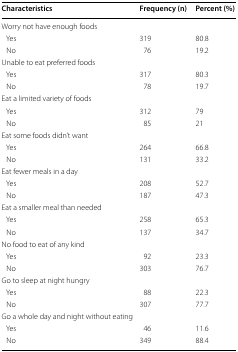
<table><thead><tr><td><b>Characteristics</b></td><td><b>Frequency (n)</b></td><td><b>Percent (%)</b></td></tr></thead><tbody><tr><td colspan="3">Worry not have enough foods</td></tr><tr><td> Yes</td><td>319</td><td>80.8</td></tr><tr><td> No</td><td>76</td><td>19.2</td></tr><tr><td colspan="3">Unable to eat preferred foods</td></tr><tr><td> Yes</td><td>317</td><td>80.3</td></tr><tr><td> No</td><td>78</td><td>19.7</td></tr><tr><td colspan="3">Eat a limited variety of foods</td></tr><tr><td> Yes</td><td>312</td><td>79</td></tr><tr><td> No</td><td>85</td><td>21</td></tr><tr><td colspan="3">Eat some foods didn’t want</td></tr><tr><td> Yes</td><td>264</td><td>66.8</td></tr><tr><td> No</td><td>131</td><td>33.2</td></tr><tr><td colspan="3">Eat fewer meals in a day</td></tr><tr><td> Yes</td><td>208</td><td>52.7</td></tr><tr><td> No</td><td>187</td><td>47.3</td></tr><tr><td colspan="3">Eat a smaller meal than needed</td></tr><tr><td> Yes</td><td>258</td><td>65.3</td></tr><tr><td> No</td><td>137</td><td>34.7</td></tr><tr><td colspan="3">No food to eat of any kind</td></tr><tr><td> Yes</td><td>92</td><td>23.3</td></tr><tr><td> No</td><td>303</td><td>76.7</td></tr><tr><td colspan="3">Go to sleep at night hungry</td></tr><tr><td> Yes</td><td>88</td><td>22.3</td></tr><tr><td> No</td><td>307</td><td>77.7</td></tr><tr><td colspan="3">Go a whole day and night without eating</td></tr><tr><td> Yes</td><td>46</td><td>11.6</td></tr><tr><td> No</td><td>349</td><td>88.4</td></tr></tbody></table>